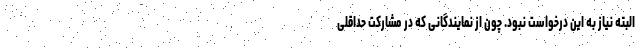
البته نیاز به این درخواست نبود. چون از نمایندگانی که در مشارکت حداقلی